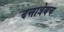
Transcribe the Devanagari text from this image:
दत्तात्रेयच